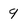
Character: 9